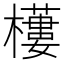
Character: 𣞾